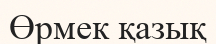
Өрмек қазық